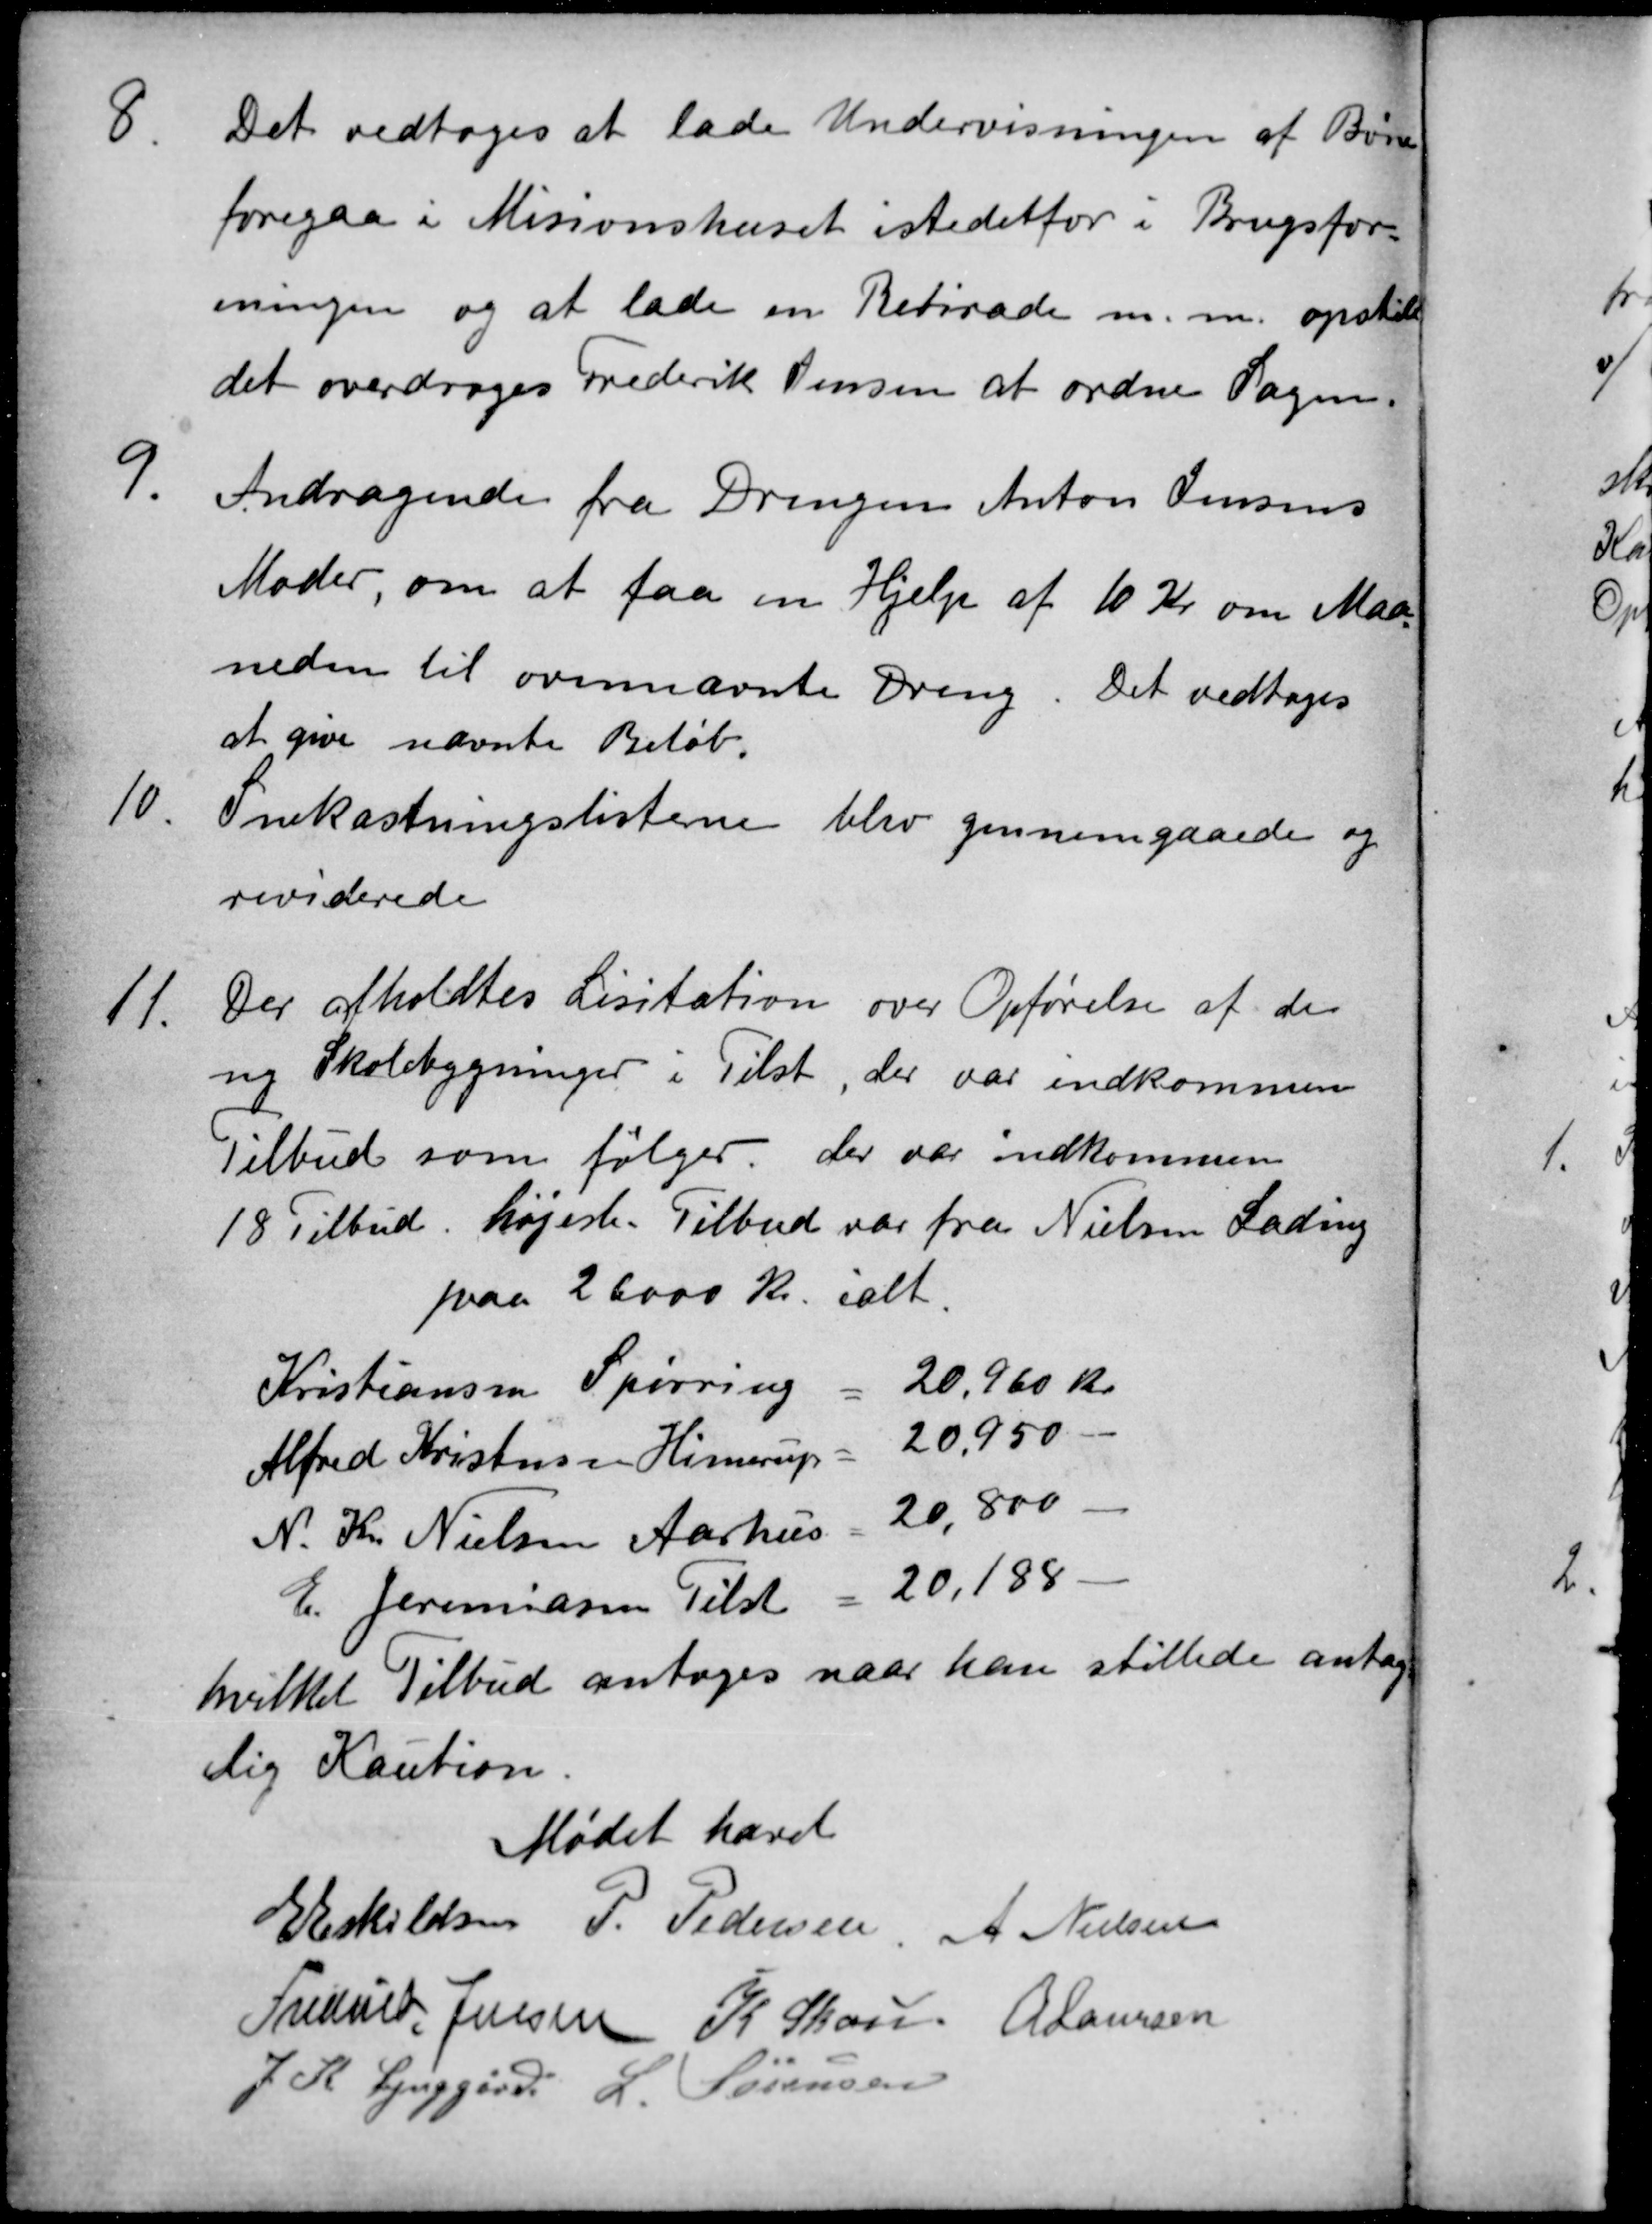
Transskription:
8
Det vedtoges at lade Undervisningen af Børne
foregaa i Misionshuset istedetfor i Brugsfor-
eningen og at lade en Retirade m. m. opstille
det overdroges Frederik Jensen at ordne Sagen.
9.
Andragende fra Drengen Anton Jensens
Moder, om at faa en Hjelp af 10 Kr om Maa
neden til ovennævnte Dreng. Det vedtoges
at give nævnte Beløb.
10.
Snekastningslisterne blev gennemgaaede og
reviderede
11.
Der afholdtes Lisitation over Opførelse af de
ny Skolebygninger i Tilst, der var indkommen
Tilbud som følger. der var indkommen
18 Tilbud. højeste. Tilbud var fra Nielsen Lading
paa 26000 Kr. ialt
Kristiansen Spørring
20,960 Kr.
Alfred Kristensen Hinnerup
Alfred Kristensen Hinnerup = 20.950
N. Kr. Nielsen Aarhus = 20,800
N. Kr. Nielsen Aarhus = 20,800
E. Jeremiasen Tilst
20,188
hvilket Tilbud antoges naar han stillede antag
lig Kaution.
Mødet hævet
E Eskildsen
P. Pedersen.
A Nielsen
Frederik Jensen
K Skou A Laursen
A Laursen
J. K. Lynggård L. Sørensen